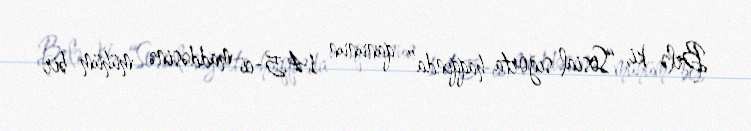
Belə ki, “Sosial sığorta haqqında” qanunun 14.5-ci maddəsinə mühüm bir